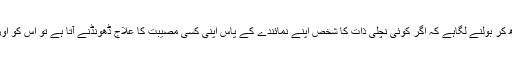
حکومت اور دولت کا نشہ ایک مخصوص اعلی طبقے میں اس قدر سرچڑھ کر بولنے لگاہے کہ اگر کوئی نچلی ذات کا شخص اپنے نمائندے کے پاس اپنی کسی مصیبت کا علاج ڈھونڈنے آتا ہے تو اس کو اور اس کے افرادِ خاندان کو خود اپنا تھوک چاٹنے پر مجبور کردیا جاتا ہے۔